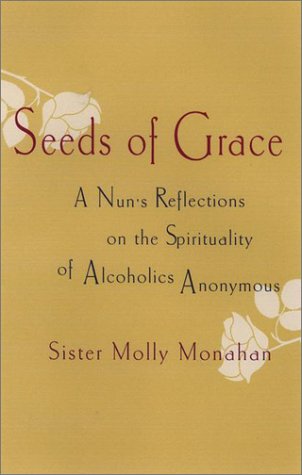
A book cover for Seeds of Grace: A Nun's Reflections on the Spirituality of Alcoholics Anonymous; Molly Monahan; Christian Books & Bibles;